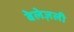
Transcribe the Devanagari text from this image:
बेलेज़ली